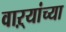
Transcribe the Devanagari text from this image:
वाऱ्यांच्या